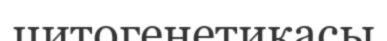
цитогенетикасы